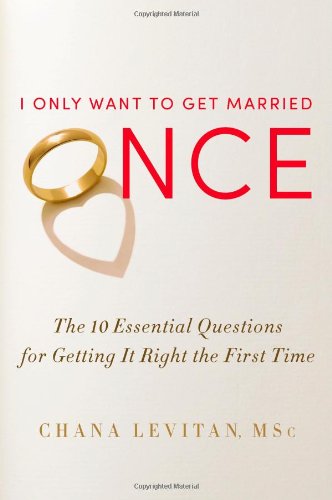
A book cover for I Only Want to Get Married Once: The 10 Essential Questions for Getting It Right the First Time; Chana Levitan; Self-Help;